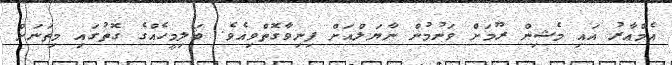
އެމްއާރު އައި މެޝިން ރޫމަށް ވަނުމުން ނާޔަލްއަށް ފިނިވާގޮތްވިއެވެ. ބަލިމީހެއްގެ ގޮތުގައި މިތަނަށް